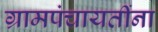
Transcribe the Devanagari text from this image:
ग्रामपंचायतींना